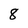
Character: 8